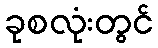
ခုစလုံးတွင်